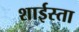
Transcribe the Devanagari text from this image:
शाईस्ता